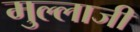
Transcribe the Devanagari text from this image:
मुल्लाजी